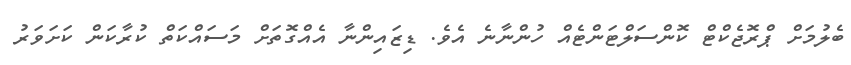
ބެލުމަށް ޕްރޮޖެކްޓް ކޮންސަލްޓަންޓެއް ހުންނާނެ އެވެ. ޑިޒައިންނާ އެއްގޮތަށް މަސައްކަތް ކުރާކަން ކަށަވަރު